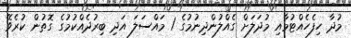
މުދާ ހިފެހެއްޓުމާއި މުދަލަށް ގެއްލުންދިނުމުގެ 1 މައްސަލަ އަދި ބިރުދެއްކުމުގެ ގޮތުން ކުރެވޭ